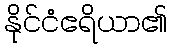
နိုင်ငံဧရိယာ၏